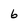
Character: 6